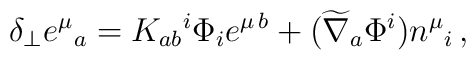
\delta_\perp e^\mu{}_a = K_{ab}{}^i \Phi_ie^{\mu\,b} + (\widetilde\nabla_a \Phi^i ) n^\mu{}_i\,,